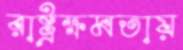
রাষ্ট্রক্ষমতায়